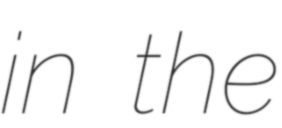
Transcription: in the